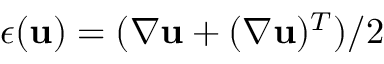
\boldsymbol { \epsilon } ( \mathbf u ) = ( \nabla \mathbf u + ( \nabla \mathbf u ) ^ { T } ) / 2